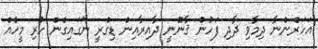
އަހަރެންނާ ދިމާވި ދާދި ފަހުން ޤާނޫނީ ދާއިރާއިން ޑިގްރީ ނަގައިގެން ހުރި މީހެއް